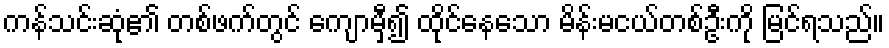
ကန်သင်းဆုံ၏ တစ်ဖက်တွင် ကျောမှီ၍ ထိုင်နေသော မိန်းမငယ်တစ်ဦးကို မြင်ရသည်။